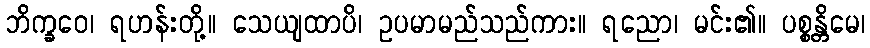
ဘိက္ခဝေ၊ ရဟန်းတို့။ သေယျထာပိ၊ ဥပမာမည်သည်ကား။ ရညော၊ မင်း၏။ ပစ္စန္တိမေ၊